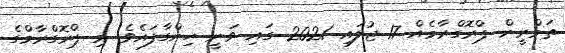
ތަމްރީން ޕްރޮގްރާމެއް 17 ޖުލައި 2021 ގައި ވަނީ ހިންގާފައެވެ. މި ޕްރޮގްރާމްގެ